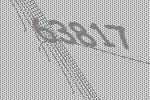
63817